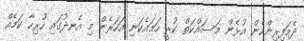
ދެމަފިރިންހެން އުޅެން މަސައްކަތް ކުރީ ހަމައެކަނި އަހަރެން މި އެނދުގައި ހުރިހާ ކަމެއް